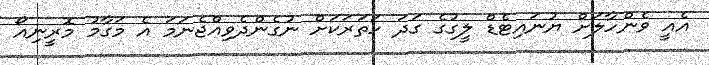
އެއީ ވެންހާލަށް ޔުނައިޓެޑް ލީގުގެ ގަދަ ހަތަރަކަށް ނުގެންދެވިއްޖެނަމަ އެ މަގާމު މޮރީނިއޯ